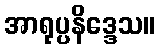
အာရုပ္ပနိဒ္ဒေသ။